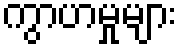
ကွာဟမှုများ